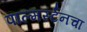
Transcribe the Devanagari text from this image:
पाल्मर्स्टनचा